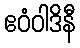
ဧဝံဝါဒိနီ